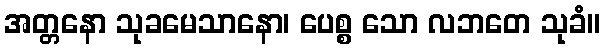
အတ္တနော သုခမေသာနော၊ ပေစ္စ သော လဘတေ သုခံ။